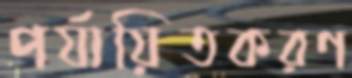
পর্যায়িতকরণ